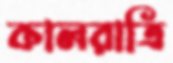
কালরাত্রি